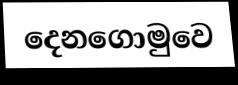
දෙනගොමුවෙ